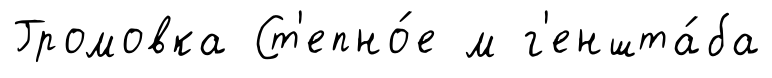
Громовка Ст'епно́е м г'еншта́ба